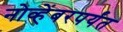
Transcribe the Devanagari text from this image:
नोव्हेंबरपर्यंत